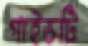
গাইডটি